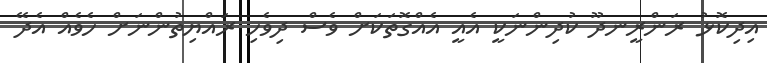
އިދިކޮޅު ރަންރީނދޫ ކުދިންނަކީ އެއީ އެއްގޮތަކަށް ވެސް ދިވެހި ރައްޔިތުންނަށް ހެވެއް އެދޭ